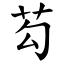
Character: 芶